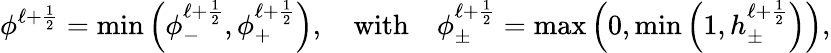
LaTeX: \phi^{\ell+\frac{1}{2}}=\operatorname*{min}\left(\phi_{-}^{\ell+\frac{1}{2}},\phi_{+}^{\ell+\frac{1}{2}}\right),\quad\textnormal{with}\quad\phi_{\pm}^{\ell+\frac{1}{2}}=\operatorname*{max}\left(0,\operatorname*{min}\left(1,h_{\pm}^{\ell+\frac{1}{2}}\right)\right),